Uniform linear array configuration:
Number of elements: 16
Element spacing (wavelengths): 0.75
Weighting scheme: exponential
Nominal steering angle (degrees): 45
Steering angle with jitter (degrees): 45.978
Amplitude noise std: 0.05
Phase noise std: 0.05

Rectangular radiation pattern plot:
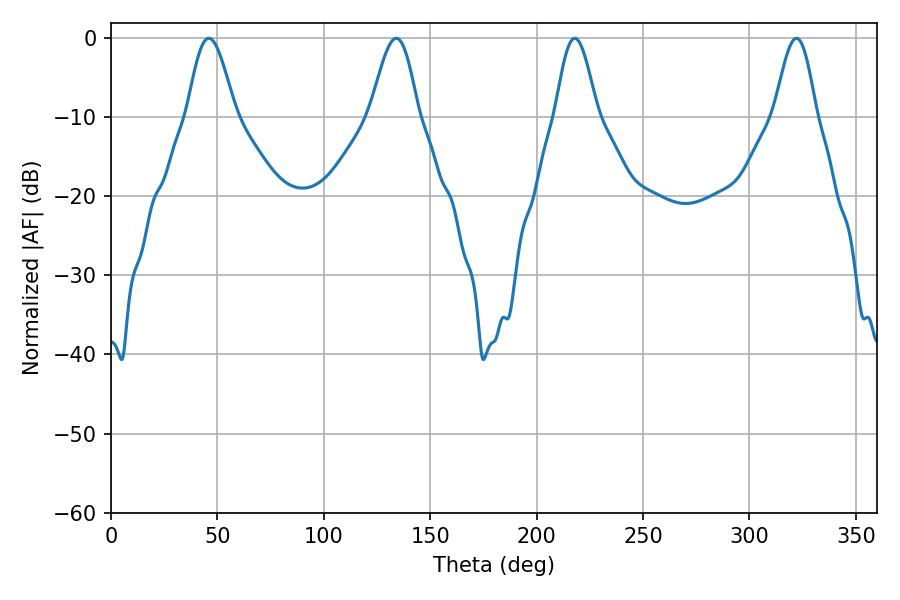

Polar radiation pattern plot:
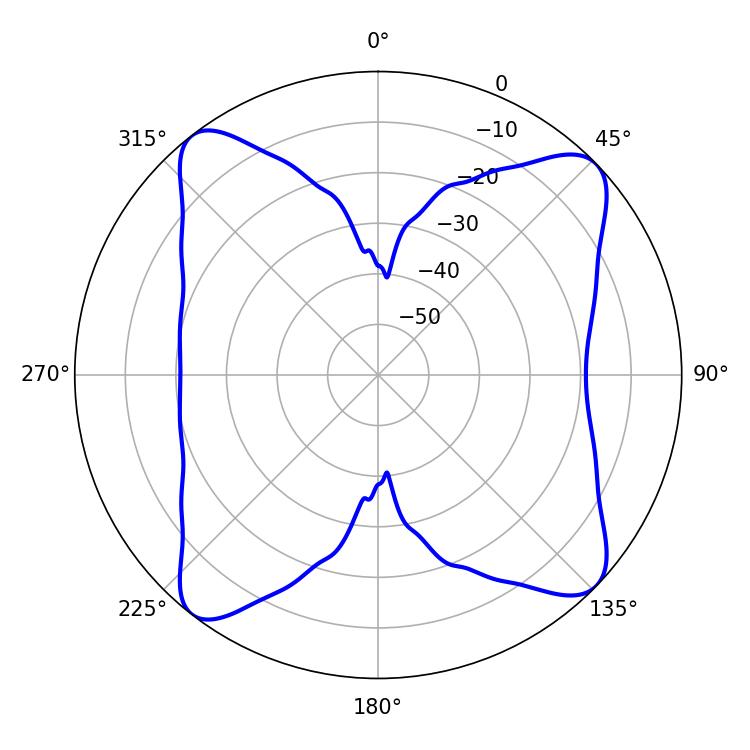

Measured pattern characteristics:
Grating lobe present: TRUE
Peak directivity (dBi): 13.42
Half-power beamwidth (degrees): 11.88
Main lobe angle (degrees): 45.9